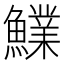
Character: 𩼋